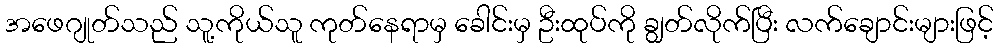
အဖေဂျုတ်သည် သူ့ကိုယ်သူ ကုတ်နေရာမှ ခေါင်းမှ ဦးထုပ်ကို ချွတ်လိုက်ပြီး လက်ချောင်းများဖြင့်